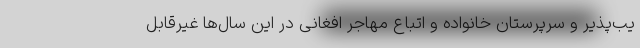
یب‌پذیر و سرپرستان خانواده و اتباع مهاجر افغانی در این سال‌ها غیرقابل